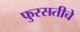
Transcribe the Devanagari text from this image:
फुरसतीचे